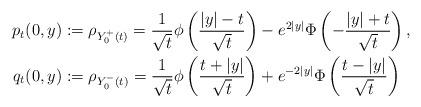
LaTeX: \begin{align*}p_{t}(0,y) &:= \rho_{Y_0^{+}(t)} = \frac{1}{\sqrt{t}}\phi\left(\frac{\vert y\vert -t}{\sqrt{t}}\right)-e^{2|y|}\Phi\left(-\frac{\vert y\vert + t}{\sqrt{t}}\right),\quad \\ q_{t}(0,y) &:= \rho_{Y_0^{-}(t)} = \frac{1}{\sqrt{t}}\phi\left(\frac{t+\vert y\vert}{\sqrt{t}}\right)+e^{-2\vert y\vert}\Phi\left(\frac{t-\vert y\vert}{\sqrt{t}}\right) \end{align*}